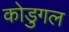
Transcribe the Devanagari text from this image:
कोडुगल